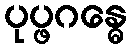
ပုပ္ဖဂန္ဓေ